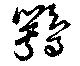
鶚